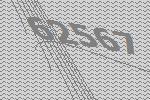
62567